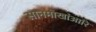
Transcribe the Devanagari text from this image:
सानमोखांआरि